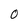
Character: 0